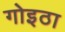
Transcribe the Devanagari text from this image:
गोइठा